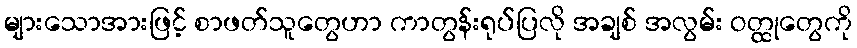
များသောအားဖြင့် စာဖတ်သူတွေဟာ ကာတွန်းရုပ်ပြလို အချစ် အလွမ်း ဝတ္ထုတွေကို